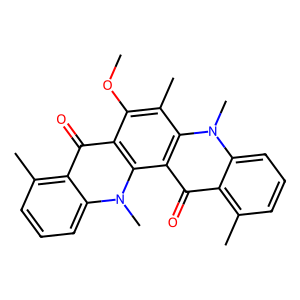
SMILES: COc1c(C)c2c(c(=O)c3c(C)cccc3n2C)c2c1c(=O)c1c(C)cccc1n2C
Inhibits HIV replication: No